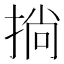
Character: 𢮐